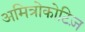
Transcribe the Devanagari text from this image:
अमित्रोकोटिज़